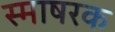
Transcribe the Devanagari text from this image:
स्माषरक